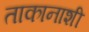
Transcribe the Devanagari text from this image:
ताकानाशी